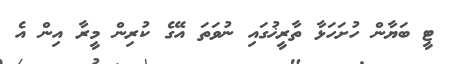
ޓީ ބަޔާން ހުށަހަޅާ ތާރީޚުގައި ނުވަތަ އޭގެ ކުރިން މީރާ އިން އެ